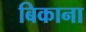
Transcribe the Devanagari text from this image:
बिकाना